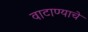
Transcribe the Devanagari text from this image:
वाटाण्याचे